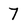
Character: 7